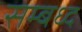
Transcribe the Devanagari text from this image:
सम्बध्द